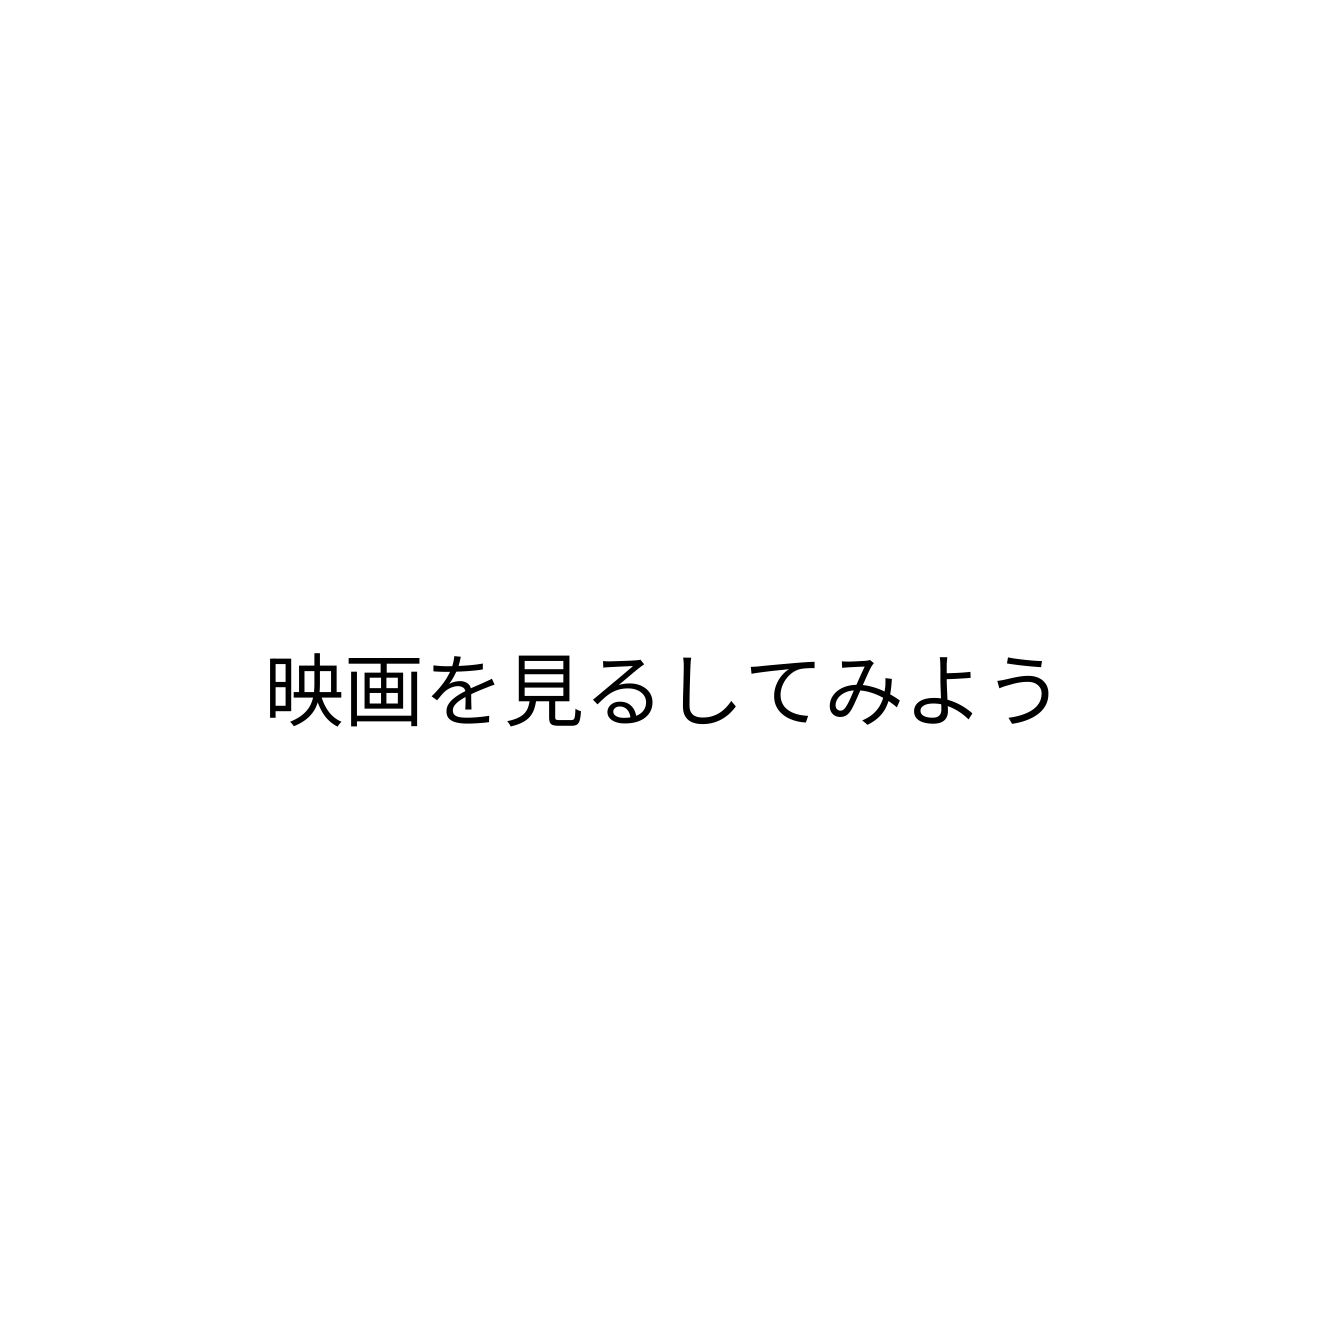
映画を見るしてみよう